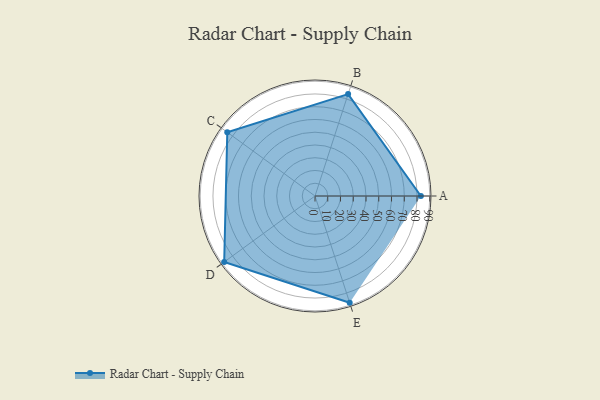
{"axis": {"x": "Skill", "y": "Score"}, "legend": ["Profile"], "data": [{"x": "A", "y": 83.0, "type": "Profile"}, {"x": "B", "y": 84.0, "type": "Profile"}, {"x": "C", "y": 85.0, "type": "Profile"}, {"x": "D", "y": 88.0, "type": "Profile"}, {"x": "E", "y": 88.0, "type": "Profile"}]}